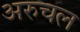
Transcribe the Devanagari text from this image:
अरुचल